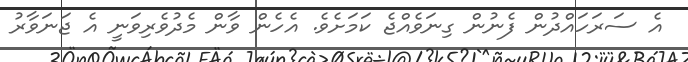
އެ ސަރަހައްދުން ފެނުން ގިނަވެއްޖެ ކަމަށެވެ. އެހެން ވާން މެދުވެރިވަނީ އެ ޖަނަވާރު